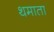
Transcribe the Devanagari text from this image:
थमाता